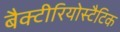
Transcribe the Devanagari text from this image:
बैक्टीरियोस्टैटिक